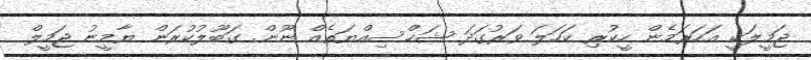
ޖަމީލަކީ އަހަރަމެން ހީކުރި ކަހަލަ ވަރުގަދަ ޝަޚްސިއްޔަތެއް ނޫން. ގަބޫލުކުރަން ޔާމީނު ޖަމީލް